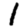
Digit: 1